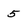
Character: 5